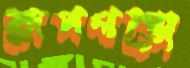
রূপগঞ্জে